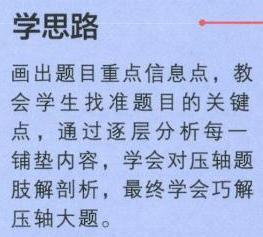
学思路
画出题目重点信息点，教
会学生找准题目的关键点，通过逐层分析每一
铺垫内容，学会对压轴题
肢解剖析，最终学会巧解
压轴大题。